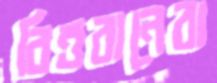
বিত্তবানেরা